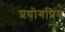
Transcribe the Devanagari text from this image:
प्रयोगप्रिय